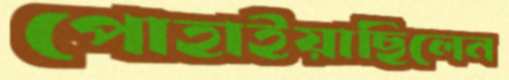
পোহাইয়াছিলেন